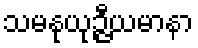
သမနုယုဉ္ဇီယမာနာ